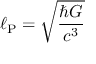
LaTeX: \ell _ { \mathrm { P } } = { \sqrt { \frac { \hbar G } { c ^ { 3 } } } }